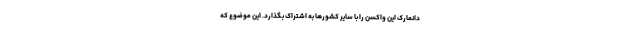
دانمارک این واکسن را با سایر کشورها به اشتراک بگذارد. این موضوع که